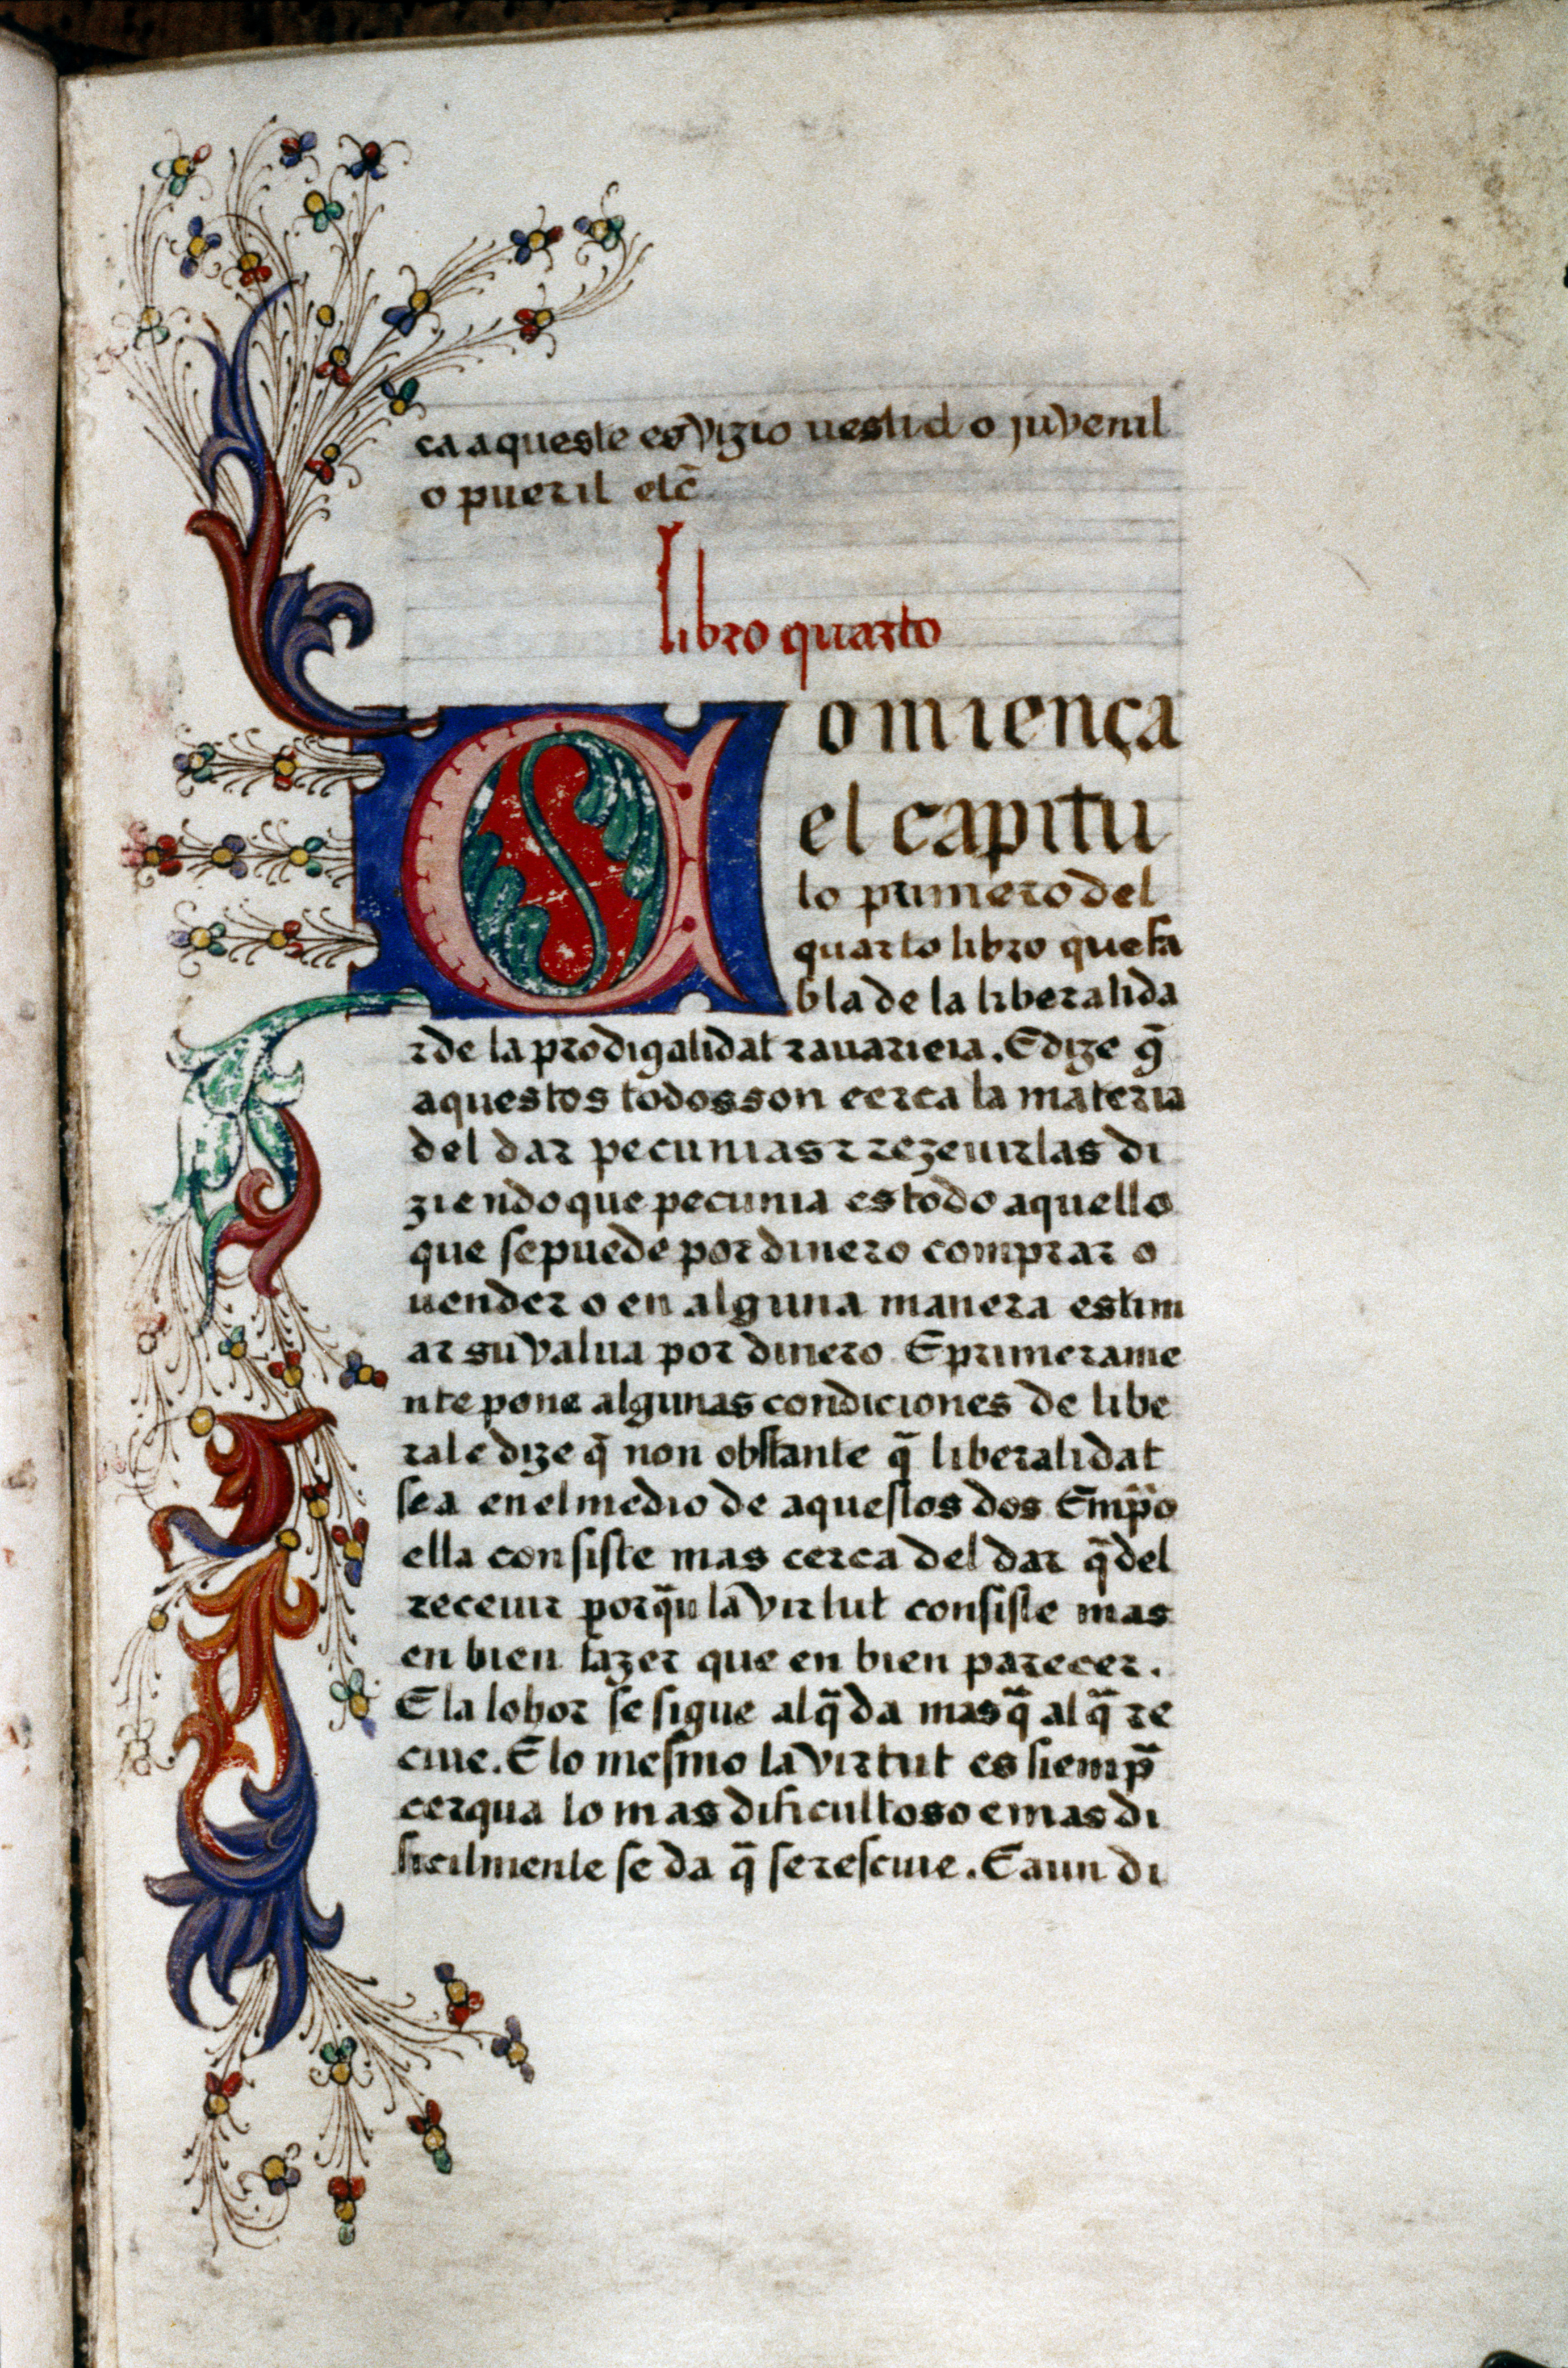
Shelfmark: Oxford, Bodleian Library, ms. Span. d. 1
Century: 15